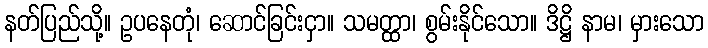
နတ်ပြည်သို့။ ဥပနေတုံ၊ ဆောင်ခြင်းငှာ။ သမတ္ထာ၊ စွမ်းနိုင်သော။ ဒိဋ္ဌိ နာမ၊ မှားသော